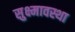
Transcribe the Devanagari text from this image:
सुक्ष्मावस्था